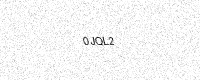
Text: 0JQL2